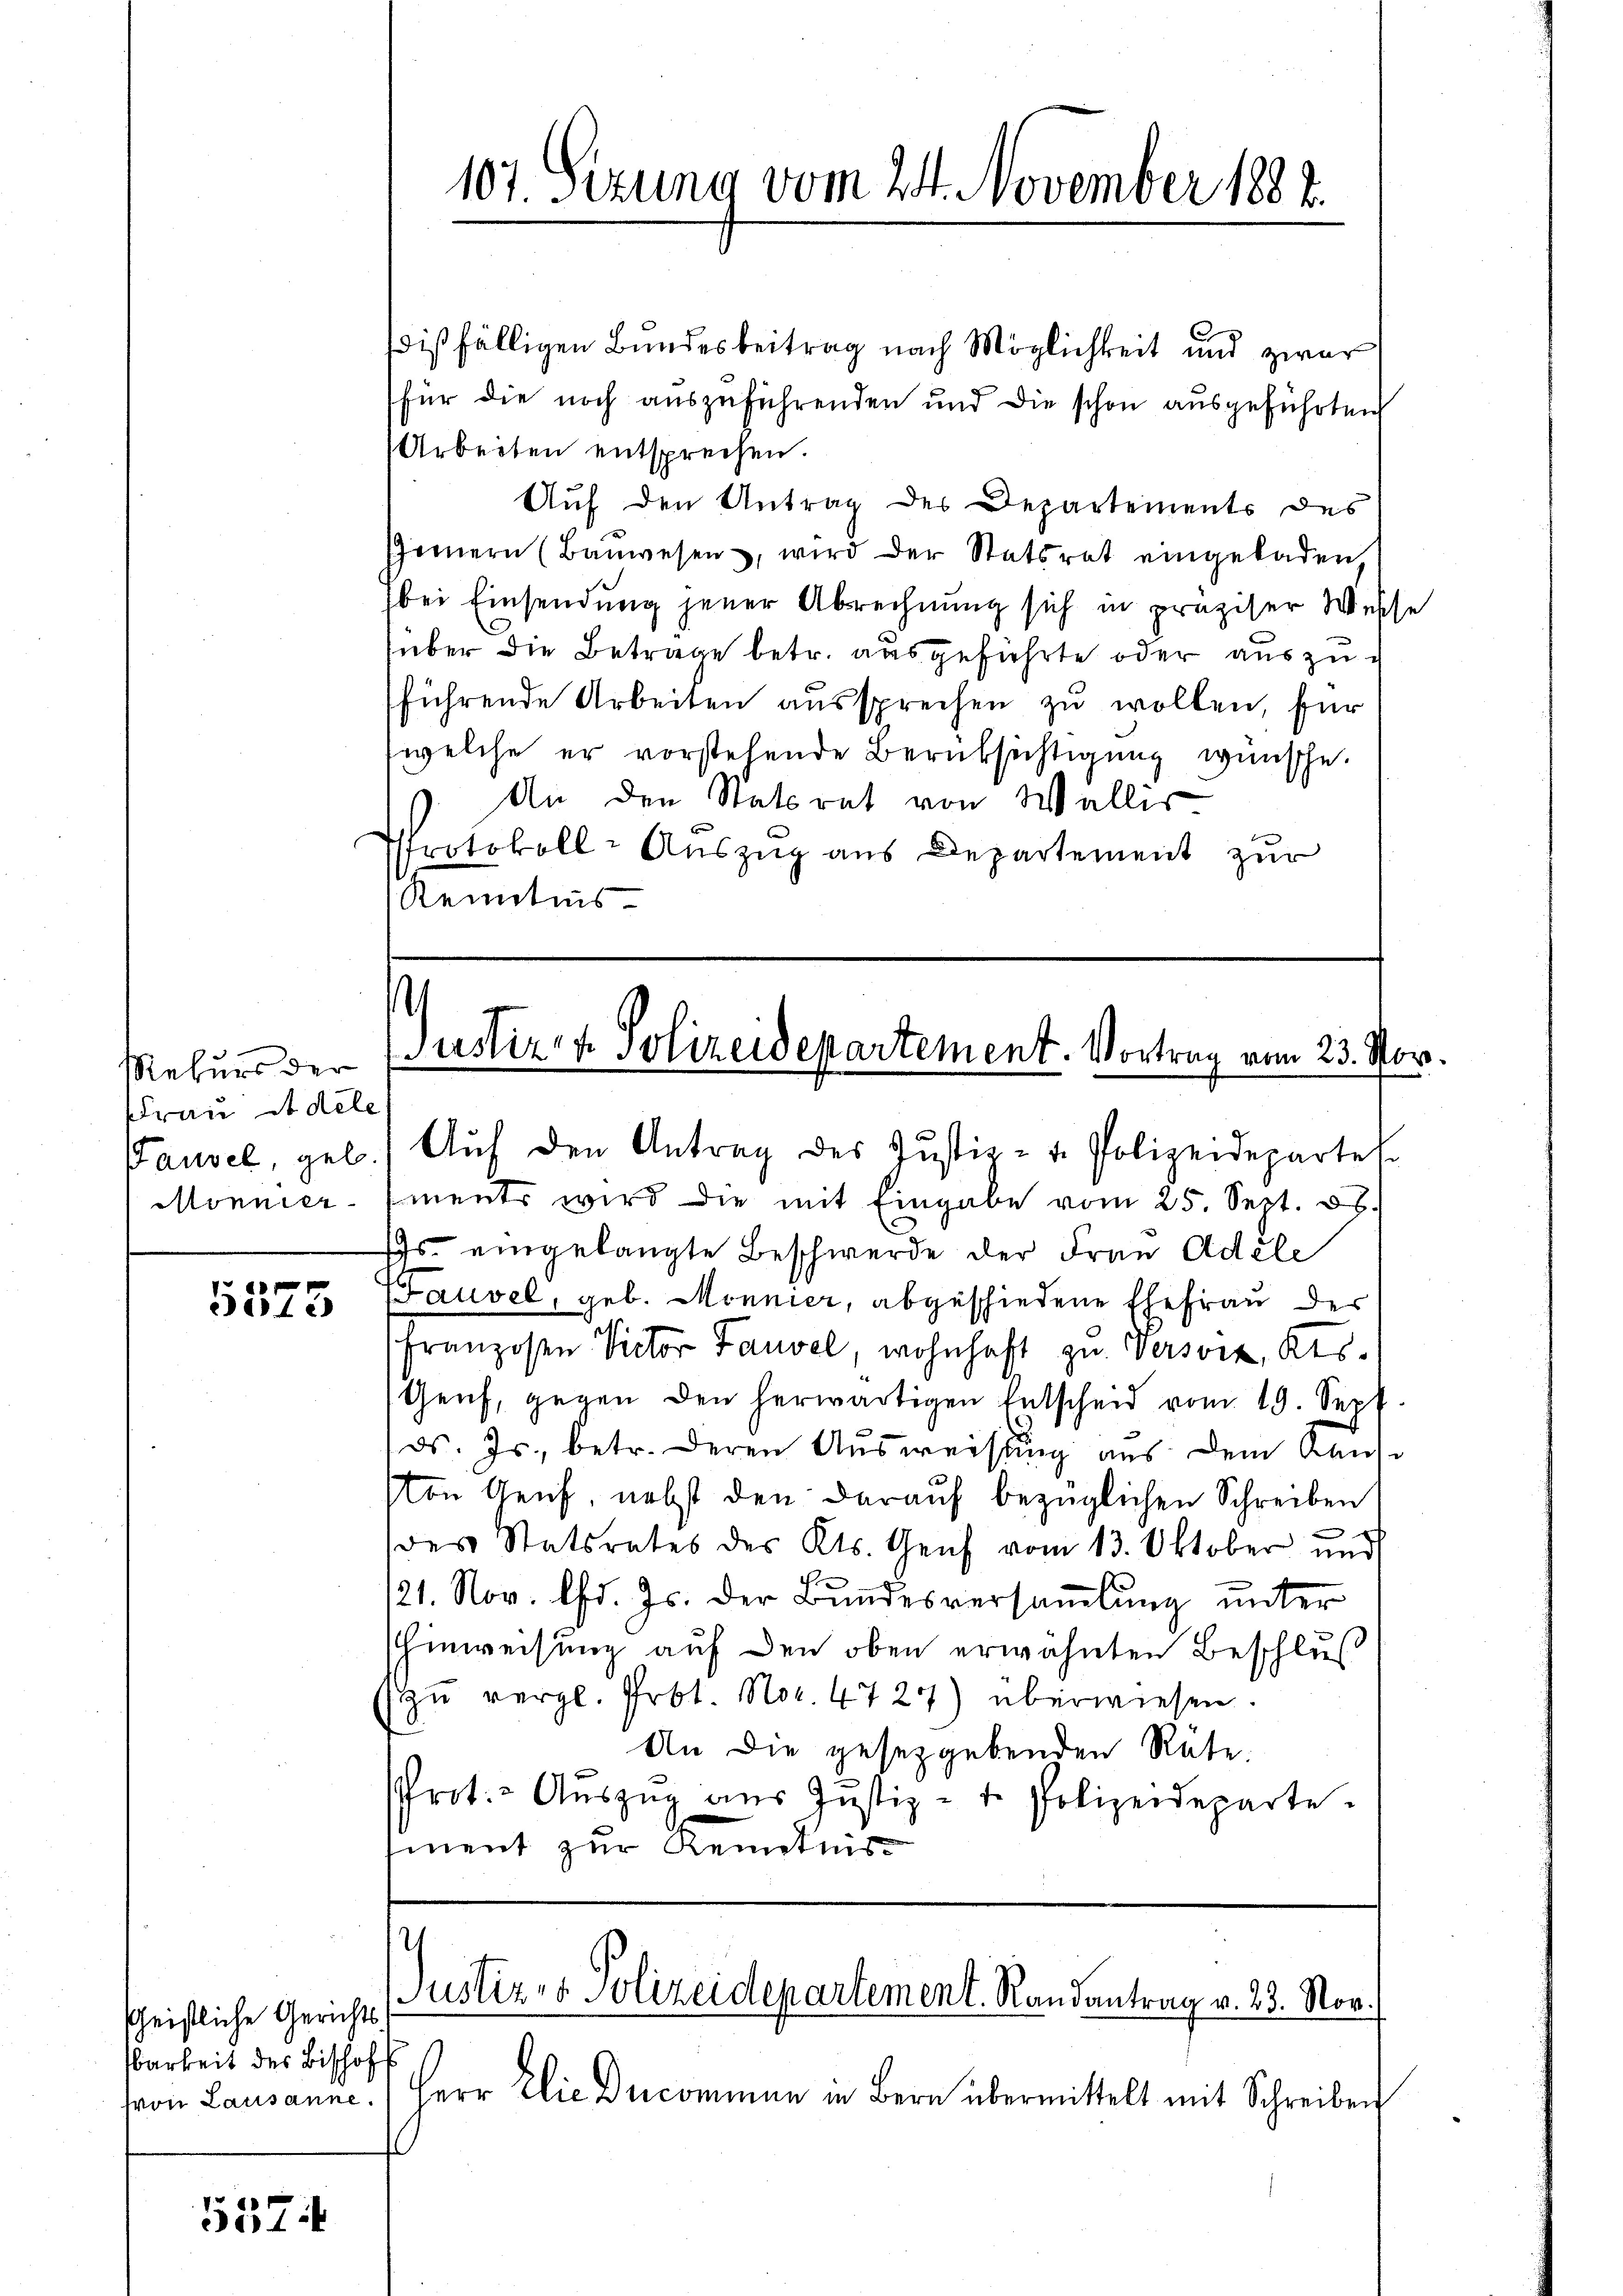
Rekurs der
Frau Adele
Mönnier

375

sheistliche Gerichts-
barkeit des Bischof
(von Lausanne.

5574

dißfälligen Bundesbeitrag nach Möglichkeit und zwar
für die noch auszuführenden und die schon ausgeführten
Arbeiten entsprechen.
Auf den Antrag des Departements des
Gernern (Baŭwesen, wird der Statsrat eingeladen,
bei Einsendung jener Abrechnung sich in präziser Wesse
über die Betrage betr. ausgeführte oder auszuführende Arbeiten aussprechen zu wollen, für
welche er vorstehende Berüksichtigung wünsche.
An den Statsrat von Wallis
Protokoll- Auszug aus Departement zur
Kenntnis

107. Sezung vom 24. November 1882.

(Justiz- & Polizeidepartement. Vortrag vom 23. Nov.

Pausel, geb. Aŭf den Antrag des Justiz- u. Polizeidepartel.
ments wird die mit Eingabe vom 25. Sept. 88.
s. eingelangte Beschwerde der Frau Adele
Sauvel, geb. Monnier, abgeschiedene Ehefrau der
Franzosen Victor Gauvel, wohnhaft zu Verson, Kts.
Genf, gegen den herwärtigen Entscheid vom 19. Sept.
ds. Js., betr. deren Ausweisung aus dem Kaise
ston Genf, nebst den darauf bezüglichen Schreiben
u
des Statsrates des Kts. Genf vom 13. Oktober und
121. Nov. d. Js. der Bundesversammlung unter
hinweisung auf den oben erwähnten Beschluß
zŭ vergl. Prot. No. 4727) überwiesen.
An die gesetzgebenden Rüte.
Prot. - Aŭszŭg aŭs Jŭstiz- u. Polizeideparte
iment zur Kenntnis

Justiz- & Polizeidepartement. Randantrag v. 23. Nov.

Herr Elie Decommen in Bern übermittelt mit Schreiben